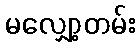
မလျှော့တမ်း